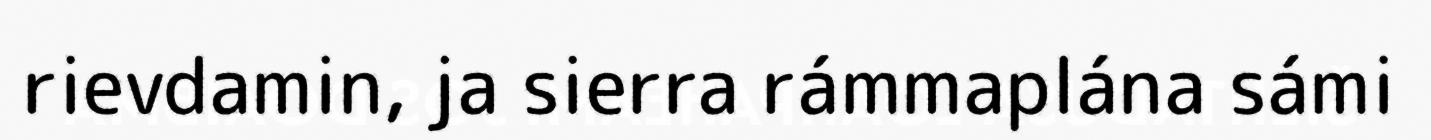
rievdamin, ja sierra rámmaplána sámi